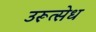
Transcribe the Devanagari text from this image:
उरूत्सेध